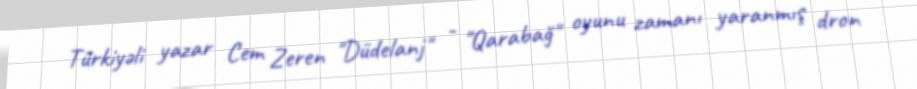
Türkiyəli yazar Cem Zeren "Düdelanj" - "Qarabağ" oyunu zamanı yaranmış dron